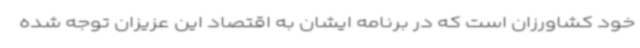
خود کشاورزان است که در برنامه ایشان به اقتصاد این عزیزان توجه شده